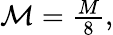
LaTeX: \begin{array}{r}{\mathcal{M}=\frac{M}{8},}\end{array}